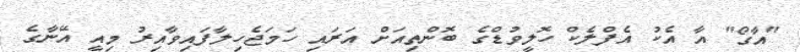
"އާގޯ" އާ އެކު އެފްލެކް ހޮލީވުޑްގެ ބޮންތިއަށް އަރައި ހަމަޖެހިލާފައިވާއިރު މިއީ އޭނާގެ